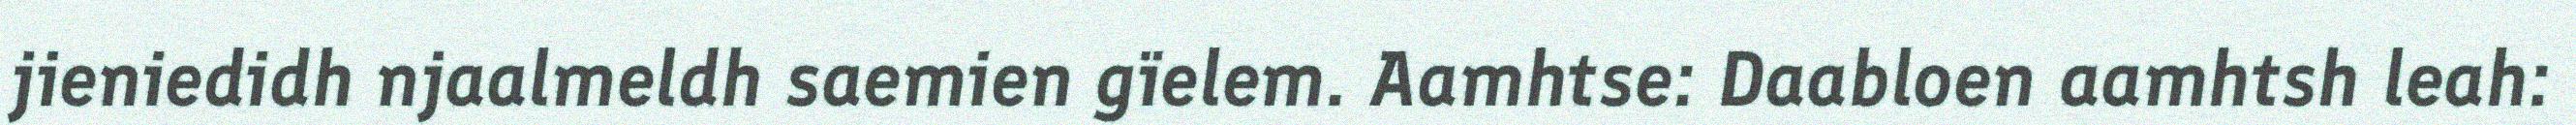
jieniedidh njaalmeldh saemien gïelem. Aamhtse: Daabloen aamhtsh leah: